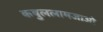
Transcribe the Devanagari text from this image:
कबुललामजाओ